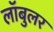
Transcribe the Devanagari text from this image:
लॉबुलर